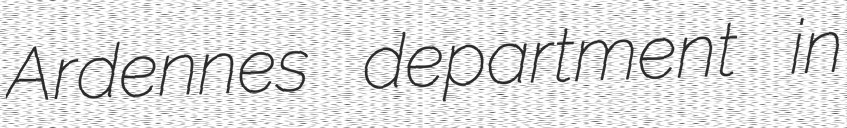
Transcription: Ardennes department in